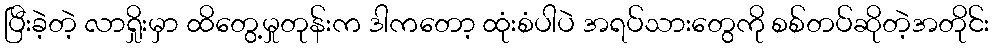
ပြီးခဲ့တဲ့ လာရှိုးမှာ ထိတွေ့မှုတုန်းက ဒါကတော့ ထုံးစံပါပဲ အရပ်သားတွေကို စစ်တပ်ဆိုတဲ့အတိုင်း